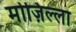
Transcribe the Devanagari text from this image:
मोज़िल्ला